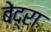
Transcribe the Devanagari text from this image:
बेद्रा